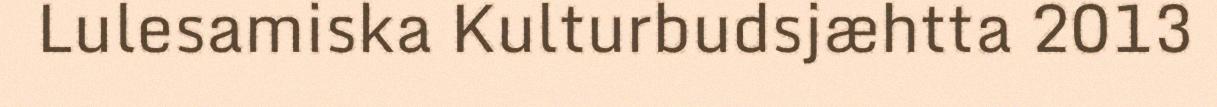
Lulesamiska Kulturbudsjæhtta 2013